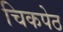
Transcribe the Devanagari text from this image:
चिकपेठ